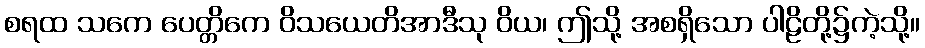
စရထ သကေ ပေတ္တိကေ ဝိသယေတိအာဒီသု ဝိယ၊ ဤသို့ အစရှိသော ပါဠိတို့၌ကဲ့သို့။